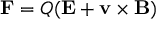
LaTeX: \mathbf { F } = Q ( \mathbf { E } + \mathbf { v } \times \mathbf { B } )